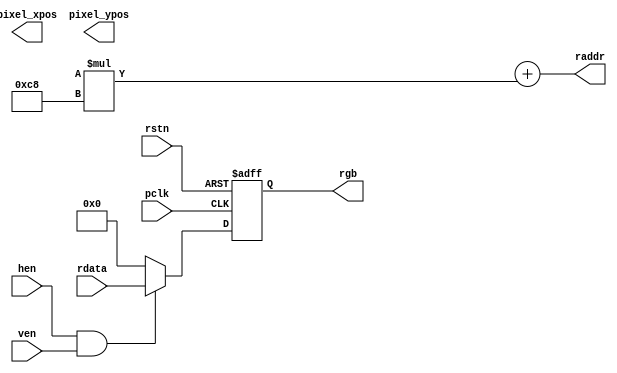
`timescale 1ns / 1ps
//////////////////////////////////////////////////////////////////////////////////
// Company: 
// Engineer: 
// 
// Design Name: 
// Module Name: DDP
// Project Name: 
// Target Devices: 
// Tool Versions: 
// Description: 
// 
// Dependencies: 
// 
// Revision:
// Revision 0.01 - File Created
// Additional Comments:
// 
//////////////////////////////////////////////////////////////////////////////////


module DDP(
   output [14:0] raddr,
   input  [11:0] rdata,
   //output  [5:0] raddr1,
   //input [1:0] rdata1,
   input rstn,
   input pclk,
   input hen,
   input ven,
   output reg [11:0] rgb,
   //output reg [1:0] rgb1,
   output [10:0]  pixel_xpos,  //
   output [10:0]  pixel_ypos   //    
   //output  en
    );
        //reg [10:0]  pixel_xpos;  //
   //reg [10:0]  pixel_ypos;   //    
 
   
   
    //rgb
   always @(posedge pclk or negedge rstn)
    begin
    if(!rstn) rgb <=12'b0;
    else 
        begin
        if(hen && ven) 
        begin
        rgb <= rdata;//
        end
        else rgb <= 12'b0;
        end
    end
    assign raddr = (pixel_xpos>>2)  + (pixel_ypos>>2)*200;//

endmodule